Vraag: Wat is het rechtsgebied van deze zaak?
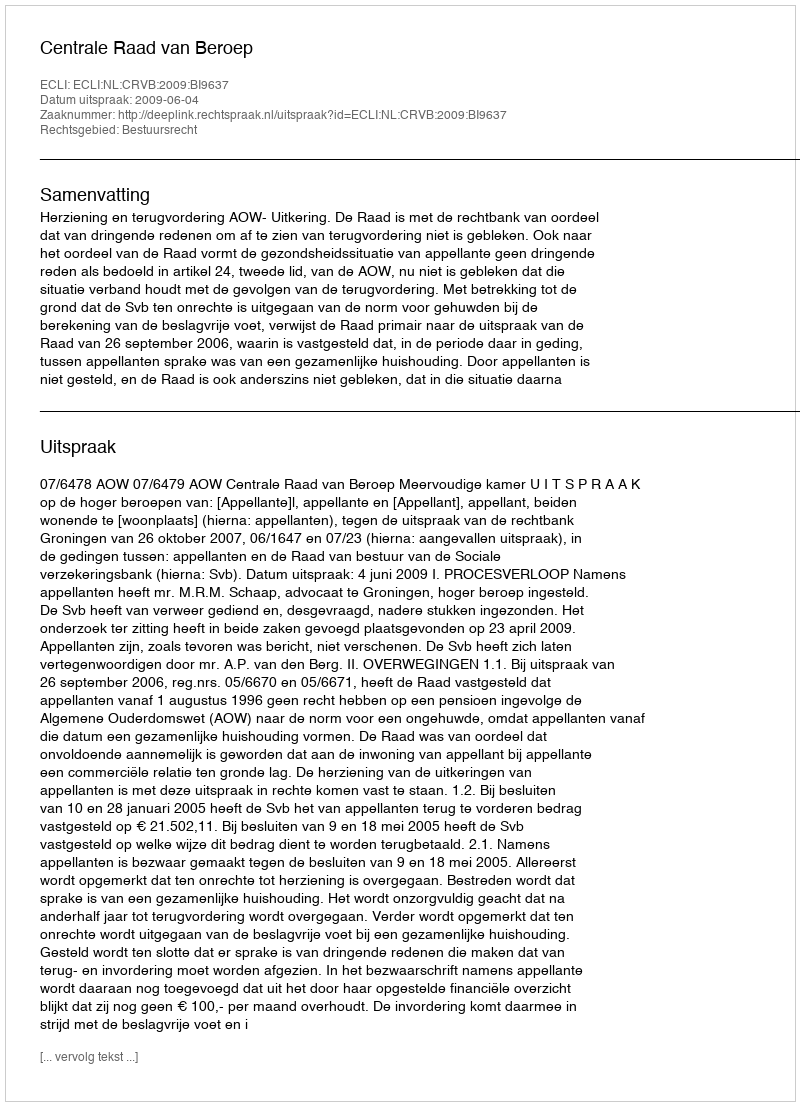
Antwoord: Bestuursrecht